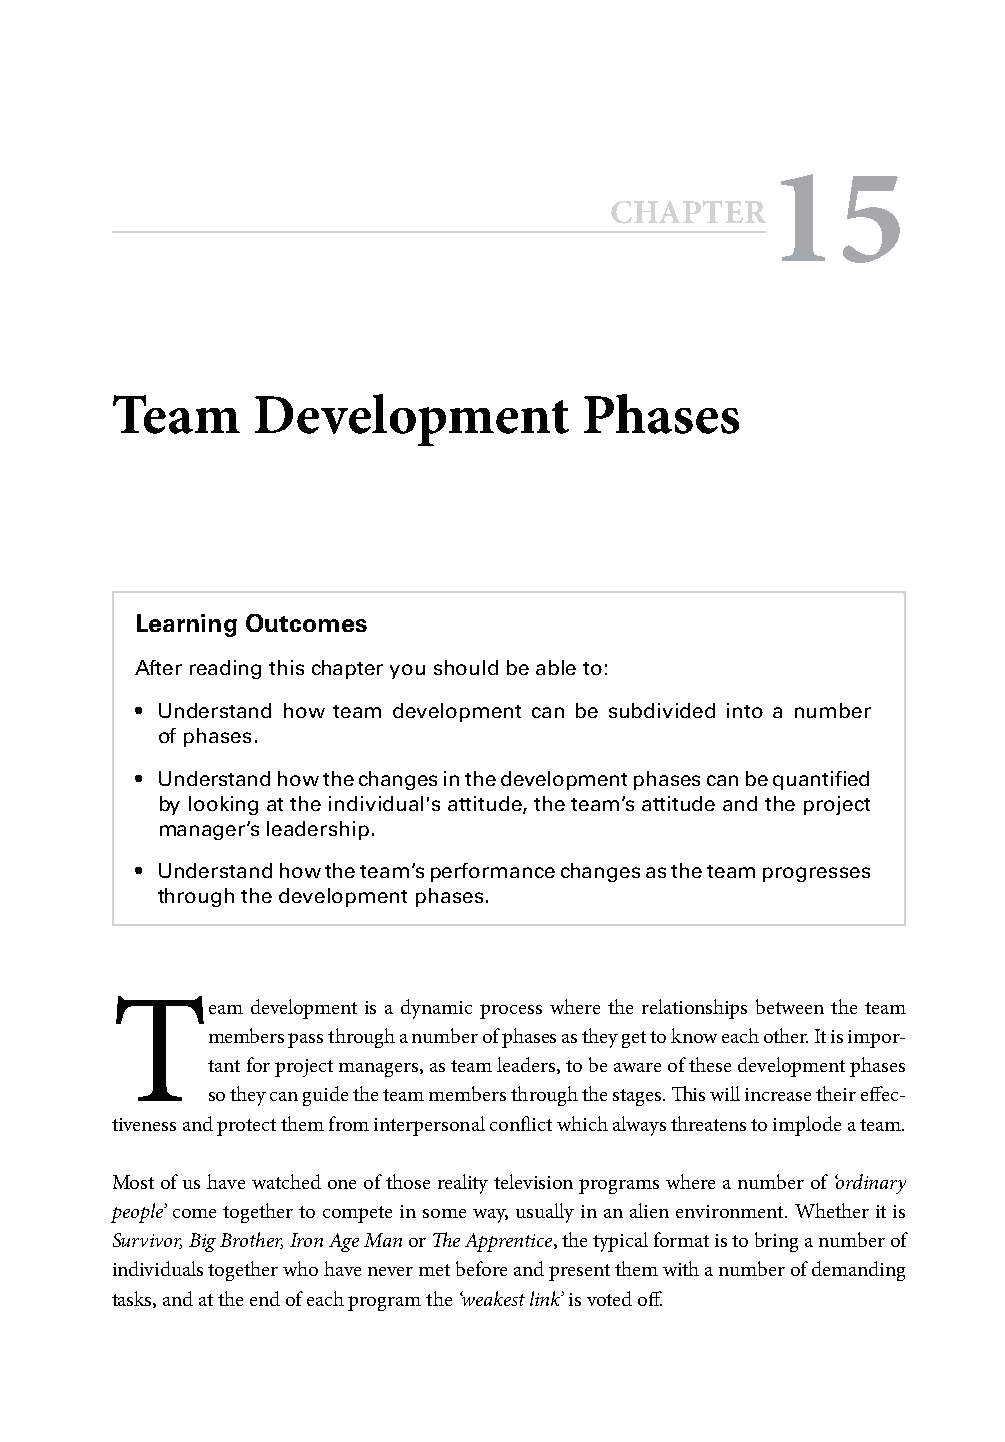
15
 CHAPTER
 Team      Development          Phases
 Learning Outcomes
 After reading this chapter you should be able to:
 • Understand how team development can be subdivided into a number
 of phases.
 • Understand how the changes in the development phases can be quantifi ed
 by looking at the individual's attitude, the team’s attitude and the project
 manager’s leadership.
 • Understand how the team’s performance changes as the team progresses
 through the development phases.
 T
 eam development is a dynamic process where the relationships between the team
 members pass through a number of phases as they get to know each other. It is impor-
 tant for project managers, as team leaders, to be aware of these development phases
 so they can guide the team members through the stages. Th is will increase their eff ec-
 tiveness and protect them from interpersonal confl ict which always threatens to implode a team.
 Most of us have watched one of those reality television programs where a number of ‘ordinary
 people’ come together to compete in some way, usually in an alien environment. Whether it is
 Survivor, Big Brother, Iron Age Man or Th e Apprentice, the typical format is to bring a number of
 individuals together who have never met before and present them with a number of demanding
 tasks, and at the end of each program the ‘weakest link’ is voted off .